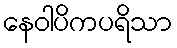
နေဝါပိကပရိသာ